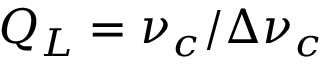
Q _ { L } = \nu _ { c } / \Delta \nu _ { c }